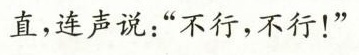
直，连声说：”不行，不行！”